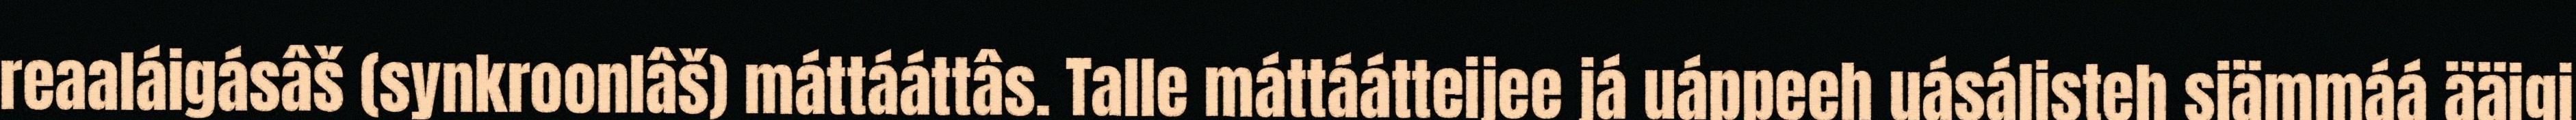
reaaláigásâš (synkroonlâš) máttááttâs. Talle máttáátteijee já uáppeeh uásálisteh siämmáá ääigi